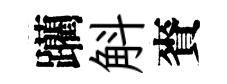
躪斛賚